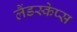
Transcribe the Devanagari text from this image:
लैंडस्केप्स